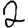
Digit: 2